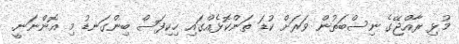
މުޅި ރާއްޖޭގެ ނިސްބަތުން ވަރަށް ކުޑަ ތަންކޮޅެއްގައި ހިކިފަސް ބިންގަނޑު މި އޮންނަނީ.